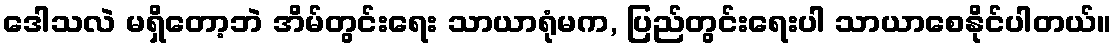
ဒေါသလဲ မရှိတော့ဘဲ အိမ်တွင်းရေး သာယာရုံမက, ပြည်တွင်းရေးပါ သာယာစေနိုင်ပါတယ်။